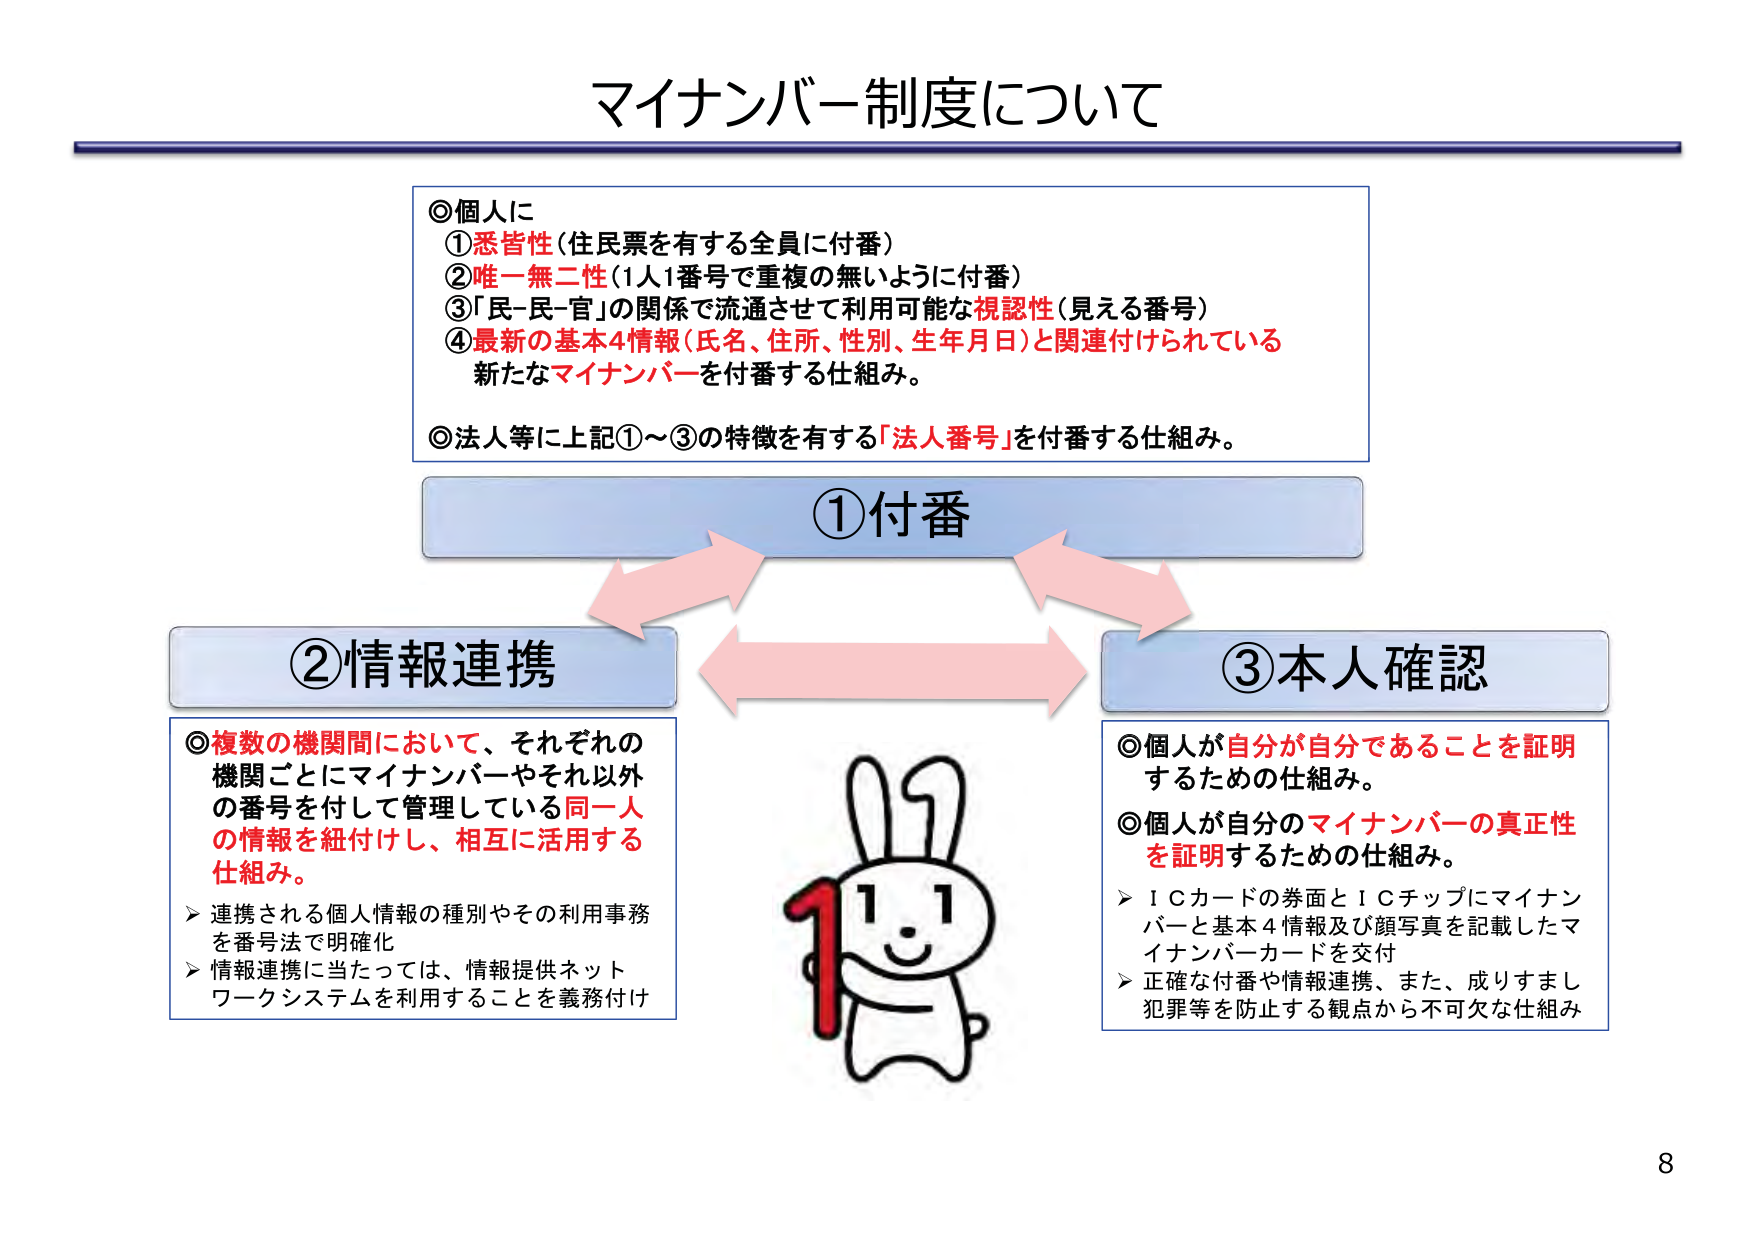
マイナンバー制度について

◎個人に
①悉皆性（住民票を有する全員に付番）
②唯一無二性（1人1番号で重複の無いように付番）
③「民-民-官」の関係で流通させて利用可能な視認性（見える番号）
④最新の基本4情報（氏名、住所、性別、生年月日）と関連付けられている
新たなマイナンバーを付番する仕組み。

◎法人等に上記①～③の特徴を有する「法人番号」を付番する仕組み。

①付番

②情報連携
◎複数の機関間において、それぞれの
機関ごとにマイナンバーやそれ以外
の番号を付して管理している同一人
の情報を紐付けし、相互に活用する
仕組み。
➤ 連携される個人情報の種別やその利用事務
を番号法で明確化
➤ 情報連携に当たっては、情報提供ネット
ワークシステムを利用することを義務付け

③本人確認
◎個人が自分が自分であることを証明
するための仕組み。
◎個人が自分のマイナンバーの真正性
を証明するための仕組み。
➤ ＩＣカードの券面とＩＣチップにマイナン
バーと基本4情報及び顔写真を記載したマ
イナンバーカードを交付
➤ 正確な付番や情報連携、また、成りすまし
犯罪等を防止する観点から不可欠な仕組み

8